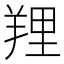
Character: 𦎐